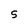
Character: 5